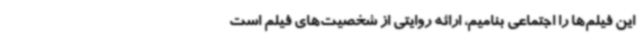
این فیلم‌ها را اجتماعی بنامیم، ارائه روایتی از شخصیت‌های فیلم است